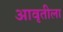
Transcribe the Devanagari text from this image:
आवृतीला